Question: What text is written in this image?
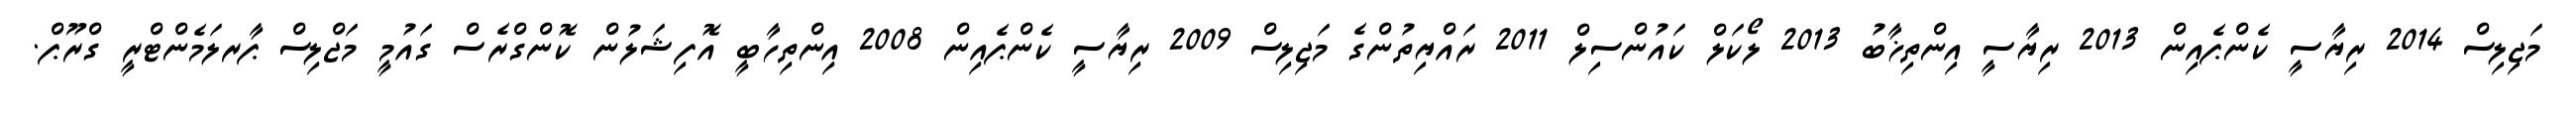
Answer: މަޖިލިސް 2014 ރިޔާސީ ކެންޕެއިން 2013 ރިޔާސީ އިންތިޚާބު 2013 ލޯކަލް ކައުންސިލް 2011 ރައްޔިތުންގެ މަޖިލިސް 2009 ރިޔާސީ ކެންޕެއިން 2008 އިންތިހާބީ އޮފިޝަލުން ކޮންގްރެސް ގައުމީ މަޖްލިސް ޕާރލަމެންޓްރީ ގްރޫޕް.